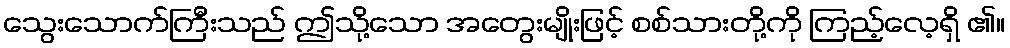
သွေးသောက်ကြီးသည် ဤသို့သော အတွေးမျိုးဖြင့် စစ်သားတို့ကို ကြည့်လေ့ရှိ ၏။